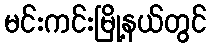
မင်းကင်းမြို့နယ်တွင်